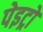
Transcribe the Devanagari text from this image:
पेइट्रो